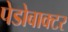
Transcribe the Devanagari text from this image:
पेडोबाक्टर